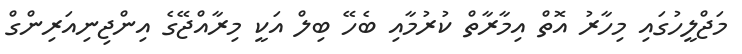
މަޖްލީހުގައި މިހާރު އޮތް އިމާރާތް ކުރުމާއި ބެހޭ ބިލް އަކީ މިރާއްޖޭގެ އިންޖިނިއަރިންގް